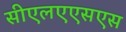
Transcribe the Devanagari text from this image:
सीएलएएसएस